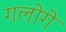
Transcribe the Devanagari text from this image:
गलोगे